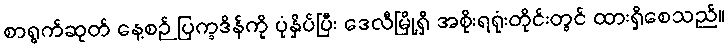
စာရွက်ဆုတ် နေ့စဉ် ပြက္ခဒိန်ကို ပုံနှိပ်ပြီး ဒေလီမြို့ရှိ အစိုးရရုံးတိုင်းတွင် ထားရှိစေသည်။